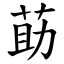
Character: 莇